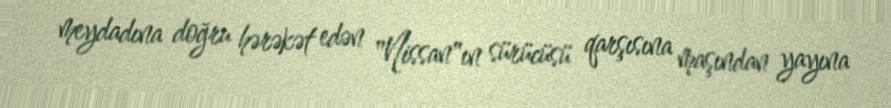
meydadına doğru hərəkət edən "Nissan"ın sürücüsü qarşısına maşından yayına